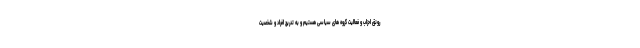
رونق احزاب و فعالیت گروه های سیاسی هستیم و به تدریج افراد و شخصیت